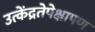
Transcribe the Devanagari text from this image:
उत्केंद्रतेपेक्षापण